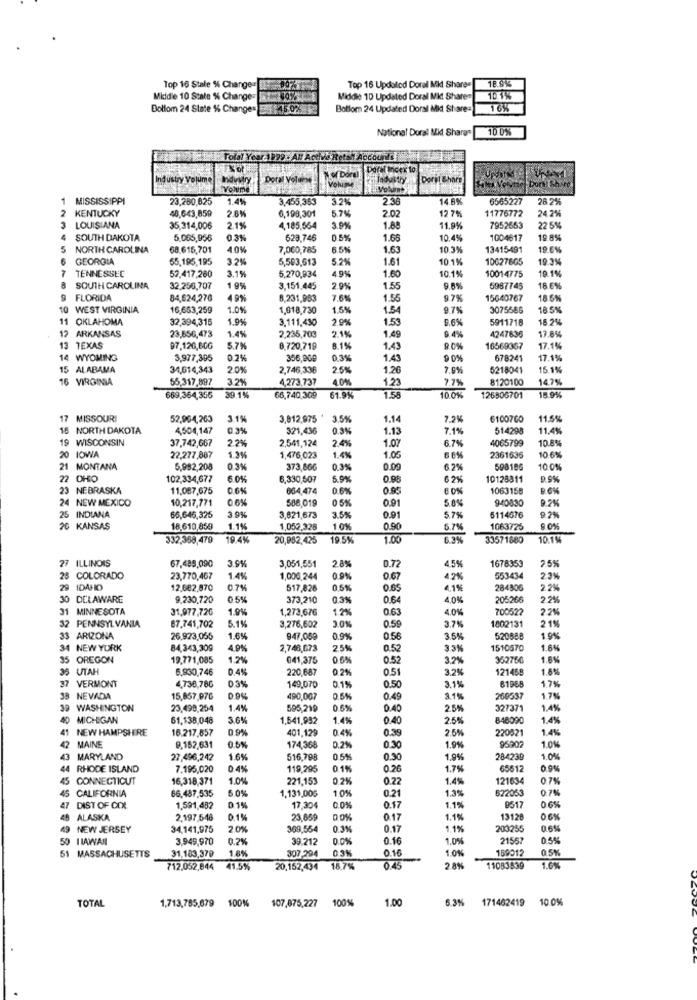
18.9%
Top 16 Stale % Change=
Top 16 Updated Doral Mkt Shares
Middle 10 Stałe % Change=
Middle 10 Updated Doral Mikt Share
10.1%
Dollom 24 State % Change= 4 :45-025
Botlom 24 Updated Dorsi Mid Share=
16%
National Doral MK Share
10 0%
:Told YouralDO . All Active Rets
FAOCO
Industry volume
Dora Voluise
Dorit Share
Volume
1 MISSISSIPPI
23,260,625
1.4%
3,455,353
3.24
2.36
14.8%
6565227
26.2%
2.61
5.74
2.02
12.7%
11776772
24 2%
2 KENTUCKY
48,643,859
6,199,301
LOUISIANA
35,314,006
2.1%
4,185,564
1.88
11,9%
7952663
22 5%
SOUTH DAKOTA
5.065,956
0 3%
523,746
0.5%
1.68
10.4%
1004617
19.8%
NORTH CAROLINA
68.615,701
4.0%
7,060,785
6.59
1.63
10.3%
13415491
19.6%
GEORGIA
55,195,195
3.2%
5,503,613
5.2%
1.61
10.1%
10627665
19 3%
TENNESSEC
3.15
4.9%
10.1%
10014775
19.11
52,417,260
5,270,934
1.60
SOUTH CAROLINA
32.256,707
1 9%
3,151.445
2.9%
1.55
9.6%
5987745
18.6%%
9 FLORIDA
84,624,270
49%
8,231,983
7.6%
1.56
9.7%
15640767
18 5%
10 WEST VIRGINIA
16,653,259
1.0%
1,618,730
1.5%
1.54
9.7%
3075586
18 5%
11 OKLAHOMA
32.394,316
1.9%
3.111,430
2.9%
1.53
9.6%
5911718
18.2%
12 ARKANSAS
23,656,473
1.4%
2.15
9.4%
17.8%%
2,235,703
1.4
4247836
13 TEXAS
97.120,80G
5,7%
8.720,719
8.1%
1.4
80%
16569367
17.15
14 WYOMING
3,977,395
0.2%
356,969
0.39
1.45
90%
678241
17.1%
15 ALABAMA
34,614,343
2.0%
2,746,336
2.5%
7.61
5218041
15.1%
16 VIRGINIA
55,317,897
3.2%
4,273,737
4.0%%
1.23
7.7%
8120100
147%
18.9%
669,364,356
30 14
66,740,309
61.9%
15
10 0%
126506701
MISSOURI
52,964,263
3.1%
3,812,975
3.5%
1.14
7.2%
6100760
11.5%
16 NORTH DAKOTA
4,504,147
0.3%
321,436
0.3%
1.13
7.1%
514298
11.4%
19 WISCONSIN
37.742,667
2.2%
2,541,124
2.4%
1.00
6.7%
4065799
10.8%
20 IOWA
22.277,887
1.3%
1,476,023
1.4%
1.05
2361636
10.6%
21 MONTANA
5,992,208
0.3%
373,866
0.3%
0.09
6.2%
598186
100%
22 OHIO
102.334,677
6.0%
6,330,507
5.91
0.98
6 2%
10128311
9.5%
23 NEBRASKA
11.087,675
0.6%
664,474
0.6%
0.95
1063158
24 NEW MEXICO
0.6%
588,019
5.0%
9.2%
10,217,771
3.9%
05%
0.91
940830
25 INDIANA
66,646,325
3,821,673
3.5%
0.91
5.79
5114676
9.2%
20 KANSAS
18,610,859
1.1%
1,052,328
1.0%
0.90
6.796
1063725
90%
332,358,479
19.4%
20,982,425
19 5%
1.00
33571680
10.1%
27 ILLINOIS
67,489,090
3.9%
3,051,551
2.8%
0.72
4.5%
1678353
2.5%
28 COLORADO
23,770,467
1.4%
1,006,244
0.9%
0.67
42%
553434
2.2%
29 IDAHO
12.682.870
0.7%
517,826
0.51
0.65
4,1%
284306
2.2%
30 DELAWARE
9,230,720
05%
373,210
0.31
0.64
4,0%
205266
22%
31
MINNESOTA
31,977,726
1.9%
1,273,676
1.2%
0.63
4.0%
700522
2.2%
0.59
2 19
32 PENNSYLVANIA
67.741,702
5.1%
3,276,602
3.01
3.7%
1802131
33 ARIZONA
26.923,055
1.6%
947,069
0.9%
0.56
3.5%
520888
1.94
34 NEW YORK
84.343,309
4.0%%
2,748,673
25%
0.52
3 31
1510570
1.6%
35 OREGON
19,771,005
1.2%
041,375
0.5%
0.52
3.2%
352756
1.6%
35
UTAH
6.930,746
0.4%
220,687
0.2%
0.51
3.2%
121458
1.6%
03%
3.1%
1.7%
37 VERMONT
4,738,780
149,070
0.1%
0.50
81968
NEVADA
15,857,070
0.9%%
490,007
0.5%
0.4
3.1%
260537
1.7%
39 WASHINGTON
23,498,254
1.4%
595,219
0.6%
0.40
2.5%
327371
1.4%
MICHIGAN
61.138,048
3.6%
1,541,932
1.4%
0.40
2.5%
848090
1.4%
NEW HAMPSHIRE
16.217,857
09%
401,129
0.4%
220821
1.4%
0.39
1.0%
MAINE
9.152,631
0.5%
174,368
0.2%
0.30
1.9%
95902
43
MARYLAND
27,496,242
1.6%
516,798
05%
0.30
1.9%
284239
1.0%
44 RHODE ISLAND
7.195,020
0.4%
119,295
0.1%
0.26
1.7%
65512
0.9%
45
CONNECTICUT
16,318,371
1.0%
221,153
0.2%
0.22
1.4%
121634
0 7%
66,487,535
5 0%
1.131,005
1.0%
822053
0.7%
45 CALIFORNIA
0.21
47 DIST OF CDL
1,591,482
0 1%
17.30
0.09
0.17
1.1%
9517
45 ALASKA
2.197,546
0.1%
23,659
00%
0.17
1.19
13128
0 6%
49 NEW JERSEY
34,141,975
2 0%
369,554
0.3%
0.17
1.1%
203255
0.6%%
59
I LAWAN
3.949,970
0.2%
39.212
0.0%
0.16
1.09
21567
0.5%
51 MASSACHUSETTS
31.183,379
1.8%
307.294
1.0%
159012
0.5%
0.16
712.052,844
41.5%
20,152,434 18,7%
0.45
28%
11083539
1.6%
TOTAL
100%
1.00
6.3% 171462419
10.0%
1,713,785,679 100%
107,875,227